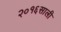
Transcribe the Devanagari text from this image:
२०१६साली